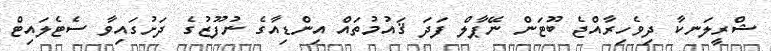
ޝްރީލަނކާ ދިވެހިރާއްޖެ ބޫޓަން ނޭޕާލް ފަދަ ޤައުމުތައް އިންޑިއާގެ ނުފޫޒުގެ ދަށުގައިވާ ސެޓެލައިޓް